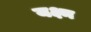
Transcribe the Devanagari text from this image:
यक्ष्म